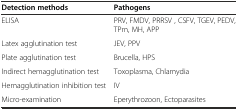
<table><thead><tr><td><b>Detection methods</b></td><td><b>Pathogens</b></td></tr></thead><tbody><tr><td>ELISA</td><td>PRV, FMDV, PRRSV , CSFV, TGEV, PEDV, TPm, MH, APP</td></tr><tr><td>Latex agglutination test</td><td>JEV, PPV</td></tr><tr><td>Plate agglutination test</td><td>Brucella, HPS</td></tr><tr><td>Indirect hemagglutination test</td><td>Toxoplasma, Chlamydia</td></tr><tr><td>Hemagglutination inhibition test</td><td>IV</td></tr><tr><td>Micro-examination</td><td>Eperythrozoon, Ectoparasites</td></tr></tbody></table>